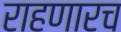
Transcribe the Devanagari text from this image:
राहणारच